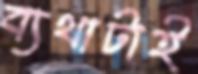
ব্যথাটাই